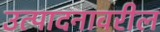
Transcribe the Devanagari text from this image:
उत्पादनावरील